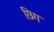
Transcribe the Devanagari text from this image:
छिग